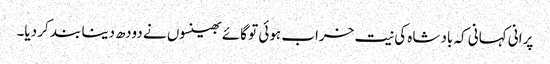
پرانی کہانی کہ بادشاہ کی نیت خراب ہوئی تو گائے بھینسوں نے دودھ دینا بند کر دیا۔